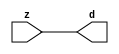

//------> /package/eda/mg/Catapult_10.3d/Mgc_home/pkgs/siflibs/mgc_in_wire_v2.v 
//------------------------------------------------------------------------------
// Catapult Synthesis - Sample I/O Port Library
//
// Copyright (c) 2003-2017 Mentor Graphics Corp.
//       All Rights Reserved
//
// This document may be used and distributed without restriction provided that
// this copyright statement is not removed from the file and that any derivative
// work contains this copyright notice.
//
// The design information contained in this file is intended to be an example
// of the functionality which the end user may study in preparation for creating
// their own custom interfaces. This design does not necessarily present a 
// complete implementation of the named protocol or standard.
//
//------------------------------------------------------------------------------


module mgc_in_wire_v2 (d, z);

  parameter integer rscid = 1;
  parameter integer width = 8;

  output [width-1:0] d;
  input  [width-1:0] z;

  wire   [width-1:0] d;

  assign d = z;

endmodule


//------> /package/eda/mg/Catapult_10.3d/Mgc_home/pkgs/siflibs/ccs_in_v1.v 
//------------------------------------------------------------------------------
// Catapult Synthesis - Sample I/O Port Library
//
// Copyright (c) 2003-2017 Mentor Graphics Corp.
//       All Rights Reserved
//
// This document may be used and distributed without restriction provided that
// this copyright statement is not removed from the file and that any derivative
// work contains this copyright notice.
//
// The design information contained in this file is intended to be an example
// of the functionality which the end user may study in preparation for creating
// their own custom interfaces. This design does not necessarily present a 
// complete implementation of the named protocol or standard.
//
//------------------------------------------------------------------------------


module ccs_in_v1 (idat, dat);

  parameter integer rscid = 1;
  parameter integer width = 8;

  output [width-1:0] idat;
  input  [width-1:0] dat;

  wire   [width-1:0] idat;

  assign idat = dat;

endmodule


//------> /package/eda/mg/Catapult_10.3d/Mgc_home/pkgs/siflibs/ccs_out_v1.v 
//------------------------------------------------------------------------------
// Catapult Synthesis - Sample I/O Port Library
//
// Copyright (c) 2003-2015 Mentor Graphics Corp.
//       All Rights Reserved
//
// This document may be used and distributed without restriction provided that
// this copyright statement is not removed from the file and that any derivative
// work contains this copyright notice.
//
// The design information contained in this file is intended to be an example
// of the functionality which the end user may study in preparation for creating
// their own custom interfaces. This design does not necessarily present a 
// complete implementation of the named protocol or standard.
//
//------------------------------------------------------------------------------

module ccs_out_v1 (dat, idat);

  parameter integer rscid = 1;
  parameter integer width = 8;

  output   [width-1:0] dat;
  input    [width-1:0] idat;

  wire     [width-1:0] dat;

  assign dat = idat;

endmodule




//------> /package/eda/mg/Catapult_10.3d/Mgc_home/pkgs/siflibs/mgc_io_sync_v2.v 
//------------------------------------------------------------------------------
// Catapult Synthesis - Sample I/O Port Library
//
// Copyright (c) 2003-2017 Mentor Graphics Corp.
//       All Rights Reserved
//
// This document may be used and distributed without restriction provided that
// this copyright statement is not removed from the file and that any derivative
// work contains this copyright notice.
//
// The design information contained in this file is intended to be an example
// of the functionality which the end user may study in preparation for creating
// their own custom interfaces. This design does not necessarily present a 
// complete implementation of the named protocol or standard.
//
//------------------------------------------------------------------------------


module mgc_io_sync_v2 (ld, lz);
    parameter valid = 0;

    input  ld;
    output lz;

    wire   lz;

    assign lz = ld;

endmodule


//------> ./rtl.v 
// ----------------------------------------------------------------------
//  HLS HDL:        Verilog Netlister
//  HLS Version:    10.3d/815731 Production Release
//  HLS Date:       Wed Apr 24 14:54:19 PDT 2019
// 
//  Generated by:   695r48@ecegrid-thin4.ecn.purdue.edu
//  Generated date: Sat Nov 13 22:50:56 2021
// ----------------------------------------------------------------------

// 
// ------------------------------------------------------------------
//  Design Unit:    fir_core_core_fsm
//  FSM Module
// ------------------------------------------------------------------


module fir_core_core_fsm (
  clk, rst, fsm_output
);
  input clk;
  input rst;
  output [3:0] fsm_output;
  reg [3:0] fsm_output;


  // FSM State Type Declaration for fir_core_core_fsm_1
  parameter
    main_C_0 = 2'd0,
    main_C_1 = 2'd1,
    main_C_2 = 2'd2,
    main_C_3 = 2'd3;

  reg [1:0] state_var;
  reg [1:0] state_var_NS;


  // Interconnect Declarations for Component Instantiations 
  always @(*)
  begin : fir_core_core_fsm_1
    case (state_var)
      main_C_1 : begin
        fsm_output = 4'b0010;
        state_var_NS = main_C_2;
      end
      main_C_2 : begin
        fsm_output = 4'b0100;
        state_var_NS = main_C_3;
      end
      main_C_3 : begin
        fsm_output = 4'b1000;
        state_var_NS = main_C_0;
      end
      // main_C_0
      default : begin
        fsm_output = 4'b0001;
        state_var_NS = main_C_1;
      end
    endcase
  end

  always @(posedge clk) begin
    if ( rst ) begin
      state_var <= main_C_0;
    end
    else begin
      state_var <= state_var_NS;
    end
  end

endmodule

// ------------------------------------------------------------------
//  Design Unit:    fir_core
// ------------------------------------------------------------------


module fir_core (
  clk, rst, coeffs_rsc_z, coeffs_rsc_triosy_lz, in1_rsc_dat, in1_rsc_triosy_lz, out1_rsc_dat,
      out1_rsc_triosy_lz
);
  input clk;
  input rst;
  input [511:0] coeffs_rsc_z;
  output coeffs_rsc_triosy_lz;
  input [15:0] in1_rsc_dat;
  output in1_rsc_triosy_lz;
  output [15:0] out1_rsc_dat;
  output out1_rsc_triosy_lz;


  // Interconnect Declarations
  wire [511:0] coeffs_rsci_d;
  wire [15:0] in1_rsci_idat;
  reg [15:0] out1_rsci_idat;
  reg out1_rsc_triosy_obj_ld;
  wire [3:0] fsm_output;
  reg main_stage_0_2;
  reg [383:0] reg_MAC_io_read_coeffs_rsc_ftd_128;
  wire MAC_or_1_cse;
  wire reg_out1_out1_and_cse;
  reg reg_in1_rsc_triosy_obj_ld_cse;
  reg [15:0] reg_MAC_asn_82_cse;
  reg [15:0] reg_MAC_asn_81_cse;
  reg [15:0] reg_MAC_asn_80_cse;
  reg [15:0] reg_MAC_asn_79_cse;
  reg [15:0] reg_MAC_asn_76_cse;
  reg [15:0] reg_MAC_asn_75_cse;
  reg [15:0] reg_MAC_asn_68_cse;
  reg [15:0] reg_MAC_asn_67_cse;
  wire [29:0] z_out;
  wire signed [31:0] nl_z_out;
  wire [29:0] z_out_1;
  wire signed [31:0] nl_z_out_1;
  wire [29:0] z_out_2;
  wire signed [31:0] nl_z_out_2;
  wire [29:0] z_out_3;
  wire signed [31:0] nl_z_out_3;
  wire [29:0] z_out_4;
  wire signed [31:0] nl_z_out_4;
  wire [29:0] z_out_5;
  wire signed [31:0] nl_z_out_5;
  wire [29:0] z_out_6;
  wire signed [31:0] nl_z_out_6;
  wire [29:0] z_out_7;
  wire signed [31:0] nl_z_out_7;
  wire [29:0] z_out_8;
  wire signed [31:0] nl_z_out_8;
  wire [29:0] z_out_9;
  wire signed [31:0] nl_z_out_9;
  wire [29:0] z_out_10;
  wire signed [31:0] nl_z_out_10;
  wire [29:0] z_out_11;
  wire signed [31:0] nl_z_out_11;
  wire [29:0] z_out_12;
  wire signed [31:0] nl_z_out_12;
  wire [29:0] z_out_13;
  wire signed [31:0] nl_z_out_13;
  wire [29:0] z_out_14;
  wire signed [31:0] nl_z_out_14;
  wire [29:0] z_out_15;
  wire signed [31:0] nl_z_out_15;
  wire [29:0] z_out_16;
  wire [30:0] nl_z_out_16;
  reg [15:0] regs_14_sva;
  reg [15:0] regs_24_sva;
  reg [15:0] regs_25_sva;
  reg [15:0] regs_26_sva;
  reg [15:0] regs_27_sva;
  reg [15:0] regs_28_sva;
  reg [15:0] regs_2_sva;
  reg [15:0] regs_29_sva;
  reg [15:0] regs_30_sva;
  reg [15:0] regs_0_sva;
  reg [15:0] MAC_asn_62_itm;
  reg [15:0] MAC_asn_63_itm;
  reg [15:0] MAC_asn_64_itm;
  reg [15:0] MAC_asn_65_itm;
  reg [15:0] MAC_asn_66_itm;
  reg [29:0] MAC_acc_13_itm;
  reg [15:0] MAC_asn_69_itm;
  reg [15:0] MAC_asn_70_itm;
  reg [15:0] MAC_asn_71_itm;
  reg [15:0] MAC_asn_72_itm;
  reg [15:0] MAC_asn_73_itm;
  reg [15:0] MAC_asn_74_itm;
  reg [29:0] MAC_acc_9_itm;
  wire [30:0] nl_MAC_acc_9_itm;
  reg [15:0] MAC_asn_77_itm;
  reg [15:0] MAC_asn_78_itm;
  reg [29:0] MAC_acc_6_itm;
  wire [30:0] nl_MAC_acc_6_itm;
  reg [15:0] MAC_asn_90_itm;
  reg [29:0] MAC_acc_29_itm_1;
  reg [29:0] MAC_acc_13_itm_1;
  reg [29:0] MAC_acc_12_itm_1;
  reg [29:0] MAC_acc_11_itm_1;
  reg [29:0] MAC_acc_10_itm_1;
  reg [29:0] MAC_acc_8_itm_1;
  wire [30:0] nl_MAC_acc_8_itm_1;
  reg [29:0] MAC_acc_30_itm_1;
  wire [29:0] MAC_acc_28_mx0w1;
  wire [30:0] nl_MAC_acc_28_mx0w1;

  wire[29:0] MAC_acc_31_nl;
  wire[30:0] nl_MAC_acc_31_nl;
  wire[29:0] MAC_acc_10_nl;
  wire[30:0] nl_MAC_acc_10_nl;
  wire[29:0] MAC_acc_5_nl;
  wire[30:0] nl_MAC_acc_5_nl;
  wire[29:0] MAC_acc_17_nl;
  wire[30:0] nl_MAC_acc_17_nl;
  wire[29:0] MAC_acc_4_nl;
  wire[30:0] nl_MAC_acc_4_nl;
  wire[29:0] MAC_acc_16_nl;
  wire[30:0] nl_MAC_acc_16_nl;
  wire[29:0] MAC_acc_12_nl;
  wire[30:0] nl_MAC_acc_12_nl;
  wire[29:0] MAC_acc_3_nl;
  wire[30:0] nl_MAC_acc_3_nl;
  wire[29:0] MAC_acc_15_nl;
  wire[30:0] nl_MAC_acc_15_nl;
  wire[29:0] MAC_acc_11_nl;
  wire[30:0] nl_MAC_acc_11_nl;
  wire[29:0] MAC_acc_18_nl;
  wire[30:0] nl_MAC_acc_18_nl;
  wire[29:0] MAC_acc_14_nl;
  wire[30:0] nl_MAC_acc_14_nl;
  wire[29:0] MAC_acc_13_nl;
  wire[30:0] nl_MAC_acc_13_nl;
  wire[29:0] MAC_acc_7_nl;
  wire[30:0] nl_MAC_acc_7_nl;
  wire[29:0] MAC_acc_32_nl;
  wire[30:0] nl_MAC_acc_32_nl;
  wire[29:0] MAC_acc_34_nl;
  wire[30:0] nl_MAC_acc_34_nl;
  wire[15:0] MAC_mux_36_nl;
  wire[15:0] MAC_mux_37_nl;
  wire[15:0] MAC_mux_38_nl;
  wire[15:0] MAC_mux_39_nl;
  wire[15:0] MAC_mux_40_nl;
  wire[15:0] MAC_mux_41_nl;
  wire[15:0] MAC_mux_42_nl;
  wire[15:0] MAC_mux_43_nl;
  wire[15:0] MAC_mux_44_nl;
  wire[15:0] MAC_mux_45_nl;
  wire[15:0] MAC_mux_46_nl;
  wire[15:0] MAC_mux_47_nl;
  wire[15:0] MAC_mux_48_nl;
  wire[15:0] MAC_mux_49_nl;
  wire[15:0] MAC_mux_50_nl;
  wire[15:0] MAC_mux_51_nl;
  wire[15:0] MAC_mux_52_nl;
  wire[15:0] MAC_mux_53_nl;
  wire[15:0] MAC_mux_54_nl;
  wire[15:0] MAC_mux_55_nl;
  wire[15:0] MAC_mux_56_nl;
  wire[15:0] MAC_mux_57_nl;
  wire[15:0] MAC_mux_58_nl;
  wire[15:0] MAC_mux_59_nl;
  wire[15:0] MAC_mux_60_nl;
  wire[15:0] MAC_mux_61_nl;
  wire[15:0] MAC_mux_62_nl;
  wire[15:0] MAC_mux_63_nl;
  wire[15:0] MAC_mux_64_nl;
  wire[15:0] MAC_mux_65_nl;
  wire[15:0] MAC_mux_66_nl;
  wire[29:0] MAC_mux_67_nl;
  wire[29:0] MAC_acc_36_nl;
  wire[30:0] nl_MAC_acc_36_nl;
  wire[29:0] MAC_acc_37_nl;
  wire[30:0] nl_MAC_acc_37_nl;
  wire[29:0] MAC_acc_38_nl;
  wire[30:0] nl_MAC_acc_38_nl;

  // Interconnect Declarations for Component Instantiations 
  mgc_in_wire_v2 #(.rscid(32'sd1),
  .width(32'sd512)) coeffs_rsci (
      .d(coeffs_rsci_d),
      .z(coeffs_rsc_z)
    );
  ccs_in_v1 #(.rscid(32'sd2),
  .width(32'sd16)) in1_rsci (
      .dat(in1_rsc_dat),
      .idat(in1_rsci_idat)
    );
  ccs_out_v1 #(.rscid(32'sd3),
  .width(32'sd16)) out1_rsci (
      .idat(out1_rsci_idat),
      .dat(out1_rsc_dat)
    );
  mgc_io_sync_v2 #(.valid(32'sd0)) coeffs_rsc_triosy_obj (
      .ld(reg_in1_rsc_triosy_obj_ld_cse),
      .lz(coeffs_rsc_triosy_lz)
    );
  mgc_io_sync_v2 #(.valid(32'sd0)) in1_rsc_triosy_obj (
      .ld(reg_in1_rsc_triosy_obj_ld_cse),
      .lz(in1_rsc_triosy_lz)
    );
  mgc_io_sync_v2 #(.valid(32'sd0)) out1_rsc_triosy_obj (
      .ld(out1_rsc_triosy_obj_ld),
      .lz(out1_rsc_triosy_lz)
    );
  fir_core_core_fsm fir_core_core_fsm_inst (
      .clk(clk),
      .rst(rst),
      .fsm_output(fsm_output)
    );
  assign MAC_or_1_cse = (fsm_output[0]) | (fsm_output[1]) | (fsm_output[3]);
  assign reg_out1_out1_and_cse = (fsm_output[1]) & main_stage_0_2;
  assign nl_MAC_acc_32_nl = MAC_acc_13_itm_1 + MAC_acc_12_itm_1;
  assign MAC_acc_32_nl = nl_MAC_acc_32_nl[29:0];
  assign nl_MAC_acc_34_nl = MAC_acc_11_itm_1 + MAC_acc_10_itm_1;
  assign MAC_acc_34_nl = nl_MAC_acc_34_nl[29:0];
  assign nl_MAC_acc_28_mx0w1 = (MAC_acc_32_nl) + (MAC_acc_34_nl);
  assign MAC_acc_28_mx0w1 = nl_MAC_acc_28_mx0w1[29:0];
  always @(posedge clk) begin
    if ( rst ) begin
      MAC_acc_8_itm_1 <= 30'b000000000000000000000000000000;
      MAC_acc_12_itm_1 <= 30'b000000000000000000000000000000;
      MAC_acc_11_itm_1 <= 30'b000000000000000000000000000000;
      MAC_acc_10_itm_1 <= 30'b000000000000000000000000000000;
      out1_rsc_triosy_obj_ld <= 1'b0;
      reg_in1_rsc_triosy_obj_ld_cse <= 1'b0;
      MAC_asn_90_itm <= 16'b0000000000000000;
      MAC_acc_13_itm <= 30'b000000000000000000000000000000;
    end
    else begin
      MAC_acc_8_itm_1 <= nl_MAC_acc_8_itm_1[29:0];
      MAC_acc_12_itm_1 <= MUX1HOT_v_30_3_2((MAC_acc_4_nl), (MAC_acc_16_nl), (MAC_acc_12_nl),
          {(fsm_output[0]) , (fsm_output[2]) , (fsm_output[3])});
      MAC_acc_11_itm_1 <= MUX1HOT_v_30_3_2((MAC_acc_3_nl), (MAC_acc_15_nl), (MAC_acc_11_nl),
          {(fsm_output[0]) , (fsm_output[2]) , (fsm_output[3])});
      MAC_acc_10_itm_1 <= MUX1HOT_v_30_3_2((MAC_acc_18_nl), (MAC_acc_14_nl), MAC_acc_29_itm_1,
          {(fsm_output[0]) , (fsm_output[2]) , (fsm_output[3])});
      out1_rsc_triosy_obj_ld <= reg_out1_out1_and_cse;
      reg_in1_rsc_triosy_obj_ld_cse <= fsm_output[0];
      MAC_asn_90_itm <= MUX_v_16_2_2(in1_rsci_idat, regs_30_sva, fsm_output[3]);
      MAC_acc_13_itm <= MUX_v_30_2_2((MAC_acc_13_nl), (MAC_acc_7_nl), fsm_output[3]);
    end
  end
  always @(posedge clk) begin
    if ( rst ) begin
      MAC_acc_30_itm_1 <= 30'b000000000000000000000000000000;
    end
    else if ( (fsm_output[1:0]!=2'b00) ) begin
      MAC_acc_30_itm_1 <= MUX_v_30_2_2(z_out_16, MAC_acc_28_mx0w1, fsm_output[1]);
    end
  end
  always @(posedge clk) begin
    if ( rst ) begin
      MAC_acc_29_itm_1 <= 30'b000000000000000000000000000000;
      MAC_acc_13_itm_1 <= 30'b000000000000000000000000000000;
    end
    else if ( MAC_or_1_cse ) begin
      MAC_acc_29_itm_1 <= MUX1HOT_v_30_3_2((MAC_acc_31_nl), (MAC_acc_10_nl), MAC_acc_28_mx0w1,
          {(fsm_output[0]) , (fsm_output[1]) , (fsm_output[3])});
      MAC_acc_13_itm_1 <= MUX1HOT_v_30_3_2((MAC_acc_5_nl), (MAC_acc_17_nl), MAC_acc_13_itm,
          {(fsm_output[0]) , (fsm_output[1]) , (fsm_output[3])});
    end
  end
  always @(posedge clk) begin
    if ( rst ) begin
      out1_rsci_idat <= 16'b0000000000000000;
    end
    else if ( reg_out1_out1_and_cse ) begin
      out1_rsci_idat <= z_out_16[29:14];
    end
  end
  always @(posedge clk) begin
    if ( rst ) begin
      main_stage_0_2 <= 1'b0;
    end
    else if ( fsm_output[3] ) begin
      main_stage_0_2 <= fsm_output[3];
    end
  end
  always @(posedge clk) begin
    if ( rst ) begin
      reg_MAC_asn_79_cse <= 16'b0000000000000000;
    end
    else if ( fsm_output[3] ) begin
      reg_MAC_asn_79_cse <= MAC_asn_78_itm;
    end
  end
  always @(posedge clk) begin
    if ( rst ) begin
      reg_MAC_asn_80_cse <= 16'b0000000000000000;
    end
    else if ( fsm_output[3] ) begin
      reg_MAC_asn_80_cse <= reg_MAC_asn_79_cse;
    end
  end
  always @(posedge clk) begin
    if ( rst ) begin
      MAC_asn_77_itm <= 16'b0000000000000000;
    end
    else if ( fsm_output[3] ) begin
      MAC_asn_77_itm <= reg_MAC_asn_76_cse;
    end
  end
  always @(posedge clk) begin
    if ( rst ) begin
      MAC_asn_78_itm <= 16'b0000000000000000;
    end
    else if ( fsm_output[3] ) begin
      MAC_asn_78_itm <= MAC_asn_77_itm;
    end
  end
  always @(posedge clk) begin
    if ( rst ) begin
      MAC_asn_71_itm <= 16'b0000000000000000;
    end
    else if ( fsm_output[3] ) begin
      MAC_asn_71_itm <= MAC_asn_70_itm;
    end
  end
  always @(posedge clk) begin
    if ( rst ) begin
      MAC_asn_72_itm <= 16'b0000000000000000;
    end
    else if ( fsm_output[3] ) begin
      MAC_asn_72_itm <= MAC_asn_71_itm;
    end
  end
  always @(posedge clk) begin
    if ( rst ) begin
      MAC_asn_69_itm <= 16'b0000000000000000;
    end
    else if ( fsm_output[3] ) begin
      MAC_asn_69_itm <= reg_MAC_asn_68_cse;
    end
  end
  always @(posedge clk) begin
    if ( rst ) begin
      MAC_asn_70_itm <= 16'b0000000000000000;
    end
    else if ( fsm_output[3] ) begin
      MAC_asn_70_itm <= MAC_asn_69_itm;
    end
  end
  always @(posedge clk) begin
    if ( rst ) begin
      reg_MAC_asn_67_cse <= 16'b0000000000000000;
    end
    else if ( fsm_output[3] ) begin
      reg_MAC_asn_67_cse <= MAC_asn_66_itm;
    end
  end
  always @(posedge clk) begin
    if ( rst ) begin
      reg_MAC_asn_68_cse <= 16'b0000000000000000;
    end
    else if ( fsm_output[3] ) begin
      reg_MAC_asn_68_cse <= reg_MAC_asn_67_cse;
    end
  end
  always @(posedge clk) begin
    if ( rst ) begin
      MAC_asn_65_itm <= 16'b0000000000000000;
    end
    else if ( fsm_output[3] ) begin
      MAC_asn_65_itm <= MAC_asn_64_itm;
    end
  end
  always @(posedge clk) begin
    if ( rst ) begin
      MAC_asn_66_itm <= 16'b0000000000000000;
    end
    else if ( fsm_output[3] ) begin
      MAC_asn_66_itm <= MAC_asn_65_itm;
    end
  end
  always @(posedge clk) begin
    if ( rst ) begin
      MAC_asn_63_itm <= 16'b0000000000000000;
    end
    else if ( fsm_output[3] ) begin
      MAC_asn_63_itm <= MAC_asn_62_itm;
    end
  end
  always @(posedge clk) begin
    if ( rst ) begin
      MAC_asn_64_itm <= 16'b0000000000000000;
    end
    else if ( fsm_output[3] ) begin
      MAC_asn_64_itm <= MAC_asn_63_itm;
    end
  end
  always @(posedge clk) begin
    if ( rst ) begin
      regs_2_sva <= 16'b0000000000000000;
    end
    else if ( fsm_output[3] ) begin
      regs_2_sva <= MAC_asn_73_itm;
    end
  end
  always @(posedge clk) begin
    if ( rst ) begin
      MAC_asn_62_itm <= 16'b0000000000000000;
    end
    else if ( fsm_output[3] ) begin
      MAC_asn_62_itm <= regs_2_sva;
    end
  end
  always @(posedge clk) begin
    if ( rst ) begin
      reg_MAC_asn_81_cse <= 16'b0000000000000000;
    end
    else if ( fsm_output[3] ) begin
      reg_MAC_asn_81_cse <= reg_MAC_asn_80_cse;
    end
  end
  always @(posedge clk) begin
    if ( rst ) begin
      reg_MAC_asn_82_cse <= 16'b0000000000000000;
    end
    else if ( fsm_output[3] ) begin
      reg_MAC_asn_82_cse <= reg_MAC_asn_81_cse;
    end
  end
  always @(posedge clk) begin
    if ( rst ) begin
      reg_MAC_asn_75_cse <= 16'b0000000000000000;
    end
    else if ( fsm_output[3] ) begin
      reg_MAC_asn_75_cse <= MAC_asn_74_itm;
    end
  end
  always @(posedge clk) begin
    if ( rst ) begin
      reg_MAC_asn_76_cse <= 16'b0000000000000000;
    end
    else if ( fsm_output[3] ) begin
      reg_MAC_asn_76_cse <= reg_MAC_asn_75_cse;
    end
  end
  always @(posedge clk) begin
    if ( rst ) begin
      MAC_asn_73_itm <= 16'b0000000000000000;
    end
    else if ( (fsm_output[1]) | (fsm_output[3]) ) begin
      MAC_asn_73_itm <= MUX_v_16_2_2(regs_0_sva, MAC_asn_72_itm, fsm_output[3]);
    end
  end
  always @(posedge clk) begin
    if ( rst ) begin
      MAC_asn_74_itm <= 16'b0000000000000000;
    end
    else if ( fsm_output[3] ) begin
      MAC_asn_74_itm <= regs_14_sva;
    end
  end
  always @(posedge clk) begin
    if ( rst ) begin
      regs_0_sva <= 16'b0000000000000000;
    end
    else if ( fsm_output[1] ) begin
      regs_0_sva <= MAC_asn_90_itm;
    end
  end
  always @(posedge clk) begin
    if ( rst ) begin
      regs_30_sva <= 16'b0000000000000000;
    end
    else if ( fsm_output[3] ) begin
      regs_30_sva <= regs_29_sva;
    end
  end
  always @(posedge clk) begin
    if ( rst ) begin
      regs_29_sva <= 16'b0000000000000000;
    end
    else if ( fsm_output[3] ) begin
      regs_29_sva <= regs_28_sva;
    end
  end
  always @(posedge clk) begin
    if ( rst ) begin
      regs_28_sva <= 16'b0000000000000000;
    end
    else if ( fsm_output[3] ) begin
      regs_28_sva <= regs_27_sva;
    end
  end
  always @(posedge clk) begin
    if ( rst ) begin
      regs_27_sva <= 16'b0000000000000000;
    end
    else if ( fsm_output[3] ) begin
      regs_27_sva <= regs_26_sva;
    end
  end
  always @(posedge clk) begin
    if ( rst ) begin
      regs_26_sva <= 16'b0000000000000000;
    end
    else if ( fsm_output[3] ) begin
      regs_26_sva <= regs_25_sva;
    end
  end
  always @(posedge clk) begin
    if ( rst ) begin
      regs_25_sva <= 16'b0000000000000000;
    end
    else if ( fsm_output[3] ) begin
      regs_25_sva <= regs_24_sva;
    end
  end
  always @(posedge clk) begin
    if ( rst ) begin
      regs_24_sva <= 16'b0000000000000000;
    end
    else if ( fsm_output[3] ) begin
      regs_24_sva <= reg_MAC_asn_82_cse;
    end
  end
  always @(posedge clk) begin
    if ( rst ) begin
      regs_14_sva <= 16'b0000000000000000;
    end
    else if ( fsm_output[3] ) begin
      regs_14_sva <= MAC_asn_72_itm;
    end
  end
  always @(posedge clk) begin
    if ( rst ) begin
      MAC_acc_6_itm <= 30'b000000000000000000000000000000;
    end
    else if ( fsm_output[1] ) begin
      MAC_acc_6_itm <= nl_MAC_acc_6_itm[29:0];
    end
  end
  always @(posedge clk) begin
    if ( rst ) begin
      MAC_acc_9_itm <= 30'b000000000000000000000000000000;
    end
    else if ( fsm_output[1] ) begin
      MAC_acc_9_itm <= nl_MAC_acc_9_itm[29:0];
    end
  end
  always @(posedge clk) begin
    if ( rst ) begin
      reg_MAC_io_read_coeffs_rsc_ftd_128 <= 384'b000000000000000000000000000000000000000000000000000000000000000000000000000000000000000000000000000000000000000000000000000000000000000000000000000000000000000000000000000000000000000000000000000000000000000000000000000000000000000000000000000000000000000000000000000000000000000000000000000000000000000000000000000000000000000000000000000000000000000000000000000000000000000000000000;
    end
    else if ( fsm_output[0] ) begin
      reg_MAC_io_read_coeffs_rsc_ftd_128 <= coeffs_rsci_d[383:0];
    end
  end
  assign nl_MAC_acc_8_itm_1  = z_out + z_out_1;
  assign nl_MAC_acc_4_nl = z_out_1 + z_out_9;
  assign MAC_acc_4_nl = nl_MAC_acc_4_nl[29:0];
  assign nl_MAC_acc_16_nl = z_out_7 + z_out_2;
  assign MAC_acc_16_nl = nl_MAC_acc_16_nl[29:0];
  assign nl_MAC_acc_12_nl = z_out_8 + z_out_13;
  assign MAC_acc_12_nl = nl_MAC_acc_12_nl[29:0];
  assign nl_MAC_acc_3_nl = z_out_12 + z_out_13;
  assign MAC_acc_3_nl = nl_MAC_acc_3_nl[29:0];
  assign nl_MAC_acc_15_nl = z_out_3 + z_out_11;
  assign MAC_acc_15_nl = nl_MAC_acc_15_nl[29:0];
  assign nl_MAC_acc_11_nl = z_out_12 + z_out_9;
  assign MAC_acc_11_nl = nl_MAC_acc_11_nl[29:0];
  assign nl_MAC_acc_18_nl = z_out_8 + z_out_6;
  assign MAC_acc_18_nl = nl_MAC_acc_18_nl[29:0];
  assign nl_MAC_acc_14_nl = z_out_15 + z_out;
  assign MAC_acc_14_nl = nl_MAC_acc_14_nl[29:0];
  assign nl_MAC_acc_13_nl = z_out_10 + z_out_14;
  assign MAC_acc_13_nl = nl_MAC_acc_13_nl[29:0];
  assign nl_MAC_acc_7_nl = z_out_4 + z_out_5;
  assign MAC_acc_7_nl = nl_MAC_acc_7_nl[29:0];
  assign nl_MAC_acc_31_nl = MAC_acc_29_itm_1 + MAC_acc_28_mx0w1;
  assign MAC_acc_31_nl = nl_MAC_acc_31_nl[29:0];
  assign nl_MAC_acc_10_nl = z_out_2 + z_out_3;
  assign MAC_acc_10_nl = nl_MAC_acc_10_nl[29:0];
  assign nl_MAC_acc_5_nl = z_out_4 + z_out_5;
  assign MAC_acc_5_nl = nl_MAC_acc_5_nl[29:0];
  assign nl_MAC_acc_17_nl = z_out_6 + z_out_7;
  assign MAC_acc_17_nl = nl_MAC_acc_17_nl[29:0];
  assign nl_MAC_acc_6_itm  = z_out_10 + z_out_14;
  assign nl_MAC_acc_9_itm  = z_out_15 + z_out_11;
  assign MAC_mux_36_nl = MUX_v_16_2_2(MAC_asn_77_itm, MAC_asn_66_itm, fsm_output[2]);
  assign MAC_mux_37_nl = MUX_v_16_2_2((reg_MAC_io_read_coeffs_rsc_ftd_128[303:288]),
      (reg_MAC_io_read_coeffs_rsc_ftd_128[127:112]), fsm_output[2]);
  assign nl_z_out = $signed((MAC_mux_36_nl)) * $signed((MAC_mux_37_nl));
  assign z_out = nl_z_out[29:0];
  assign MAC_mux_38_nl = MUX_v_16_2_2(MAC_asn_78_itm, regs_26_sva, fsm_output[0]);
  assign MAC_mux_39_nl = MUX_v_16_2_2((reg_MAC_io_read_coeffs_rsc_ftd_128[319:304]),
      (coeffs_rsci_d[431:416]), fsm_output[0]);
  assign nl_z_out_1 = $signed((MAC_mux_38_nl)) * $signed((MAC_mux_39_nl));
  assign z_out_1 = nl_z_out_1[29:0];
  assign MAC_mux_40_nl = MUX_v_16_2_2(MAC_asn_73_itm, MAC_asn_62_itm, fsm_output[2]);
  assign MAC_mux_41_nl = MUX_v_16_2_2((reg_MAC_io_read_coeffs_rsc_ftd_128[239:224]),
      (reg_MAC_io_read_coeffs_rsc_ftd_128[63:48]), fsm_output[2]);
  assign nl_z_out_2 = $signed((MAC_mux_40_nl)) * $signed((MAC_mux_41_nl));
  assign z_out_2 = nl_z_out_2[29:0];
  assign MAC_mux_42_nl = MUX_v_16_2_2(MAC_asn_74_itm, MAC_asn_63_itm, fsm_output[2]);
  assign MAC_mux_43_nl = MUX_v_16_2_2((reg_MAC_io_read_coeffs_rsc_ftd_128[255:240]),
      (reg_MAC_io_read_coeffs_rsc_ftd_128[79:64]), fsm_output[2]);
  assign nl_z_out_3 = $signed((MAC_mux_42_nl)) * $signed((MAC_mux_43_nl));
  assign z_out_3 = nl_z_out_3[29:0];
  assign MAC_mux_44_nl = MUX_v_16_2_2(regs_24_sva, reg_MAC_asn_79_cse, fsm_output[3]);
  assign MAC_mux_45_nl = MUX_v_16_2_2((coeffs_rsci_d[399:384]), (reg_MAC_io_read_coeffs_rsc_ftd_128[335:320]),
      fsm_output[3]);
  assign nl_z_out_4 = $signed((MAC_mux_44_nl)) * $signed((MAC_mux_45_nl));
  assign z_out_4 = nl_z_out_4[29:0];
  assign MAC_mux_46_nl = MUX_v_16_2_2(regs_25_sva, reg_MAC_asn_80_cse, fsm_output[3]);
  assign MAC_mux_47_nl = MUX_v_16_2_2((coeffs_rsci_d[415:400]), (reg_MAC_io_read_coeffs_rsc_ftd_128[351:336]),
      fsm_output[3]);
  assign nl_z_out_5 = $signed((MAC_mux_46_nl)) * $signed((MAC_mux_47_nl));
  assign z_out_5 = nl_z_out_5[29:0];
  assign MAC_mux_48_nl = MUX_v_16_2_2((reg_MAC_io_read_coeffs_rsc_ftd_128[15:0]),
      (coeffs_rsci_d[511:496]), fsm_output[0]);
  assign nl_z_out_6 = $signed(MAC_asn_90_itm) * $signed((MAC_mux_48_nl));
  assign z_out_6 = nl_z_out_6[29:0];
  assign MAC_mux_49_nl = MUX_v_16_2_2(regs_0_sva, regs_2_sva, fsm_output[2]);
  assign MAC_mux_50_nl = MUX_v_16_2_2((reg_MAC_io_read_coeffs_rsc_ftd_128[31:16]),
      (reg_MAC_io_read_coeffs_rsc_ftd_128[47:32]), fsm_output[2]);
  assign nl_z_out_7 = $signed((MAC_mux_49_nl)) * $signed((MAC_mux_50_nl));
  assign z_out_7 = nl_z_out_7[29:0];
  assign MAC_mux_51_nl = MUX_v_16_2_2(MAC_asn_69_itm, regs_30_sva, fsm_output[0]);
  assign MAC_mux_52_nl = MUX_v_16_2_2((reg_MAC_io_read_coeffs_rsc_ftd_128[175:160]),
      (coeffs_rsci_d[495:480]), fsm_output[0]);
  assign nl_z_out_8 = $signed((MAC_mux_51_nl)) * $signed((MAC_mux_52_nl));
  assign z_out_8 = nl_z_out_8[29:0];
  assign MAC_mux_53_nl = MUX_v_16_2_2(regs_27_sva, MAC_asn_72_itm, fsm_output[3]);
  assign MAC_mux_54_nl = MUX_v_16_2_2((coeffs_rsci_d[447:432]), (reg_MAC_io_read_coeffs_rsc_ftd_128[223:208]),
      fsm_output[3]);
  assign nl_z_out_9 = $signed((MAC_mux_53_nl)) * $signed((MAC_mux_54_nl));
  assign z_out_9 = nl_z_out_9[29:0];
  assign MAC_mux_55_nl = MUX_v_16_2_2(reg_MAC_asn_81_cse, reg_MAC_asn_67_cse, fsm_output[2]);
  assign MAC_mux_56_nl = MUX_v_16_2_2((reg_MAC_io_read_coeffs_rsc_ftd_128[367:352]),
      (reg_MAC_io_read_coeffs_rsc_ftd_128[143:128]), fsm_output[2]);
  assign nl_z_out_10 = $signed((MAC_mux_55_nl)) * $signed((MAC_mux_56_nl));
  assign z_out_10 = nl_z_out_10[29:0];
  assign MAC_mux_57_nl = MUX_v_16_2_2(MAC_asn_64_itm, reg_MAC_asn_76_cse, fsm_output[1]);
  assign MAC_mux_58_nl = MUX_v_16_2_2((reg_MAC_io_read_coeffs_rsc_ftd_128[95:80]),
      (reg_MAC_io_read_coeffs_rsc_ftd_128[287:272]), fsm_output[1]);
  assign nl_z_out_11 = $signed((MAC_mux_57_nl)) * $signed((MAC_mux_58_nl));
  assign z_out_11 = nl_z_out_11[29:0];
  assign MAC_mux_59_nl = MUX_v_16_2_2(regs_28_sva, MAC_asn_71_itm, fsm_output[3]);
  assign MAC_mux_60_nl = MUX_v_16_2_2((coeffs_rsci_d[463:448]), (reg_MAC_io_read_coeffs_rsc_ftd_128[207:192]),
      fsm_output[3]);
  assign nl_z_out_12 = $signed((MAC_mux_59_nl)) * $signed((MAC_mux_60_nl));
  assign z_out_12 = nl_z_out_12[29:0];
  assign MAC_mux_61_nl = MUX_v_16_2_2(MAC_asn_70_itm, regs_29_sva, fsm_output[0]);
  assign MAC_mux_62_nl = MUX_v_16_2_2((reg_MAC_io_read_coeffs_rsc_ftd_128[191:176]),
      (coeffs_rsci_d[479:464]), fsm_output[0]);
  assign nl_z_out_13 = $signed((MAC_mux_61_nl)) * $signed((MAC_mux_62_nl));
  assign z_out_13 = nl_z_out_13[29:0];
  assign MAC_mux_63_nl = MUX_v_16_2_2(reg_MAC_asn_82_cse, reg_MAC_asn_68_cse, fsm_output[2]);
  assign MAC_mux_64_nl = MUX_v_16_2_2((reg_MAC_io_read_coeffs_rsc_ftd_128[383:368]),
      (reg_MAC_io_read_coeffs_rsc_ftd_128[159:144]), fsm_output[2]);
  assign nl_z_out_14 = $signed((MAC_mux_63_nl)) * $signed((MAC_mux_64_nl));
  assign z_out_14 = nl_z_out_14[29:0];
  assign MAC_mux_65_nl = MUX_v_16_2_2(MAC_asn_65_itm, reg_MAC_asn_75_cse, fsm_output[1]);
  assign MAC_mux_66_nl = MUX_v_16_2_2((reg_MAC_io_read_coeffs_rsc_ftd_128[111:96]),
      (reg_MAC_io_read_coeffs_rsc_ftd_128[271:256]), fsm_output[1]);
  assign nl_z_out_15 = $signed((MAC_mux_65_nl)) * $signed((MAC_mux_66_nl));
  assign z_out_15 = nl_z_out_15[29:0];
  assign nl_MAC_acc_37_nl = MAC_acc_9_itm + MAC_acc_8_itm_1;
  assign MAC_acc_37_nl = nl_MAC_acc_37_nl[29:0];
  assign nl_MAC_acc_38_nl = MAC_acc_13_itm + MAC_acc_6_itm;
  assign MAC_acc_38_nl = nl_MAC_acc_38_nl[29:0];
  assign nl_MAC_acc_36_nl = (MAC_acc_37_nl) + (MAC_acc_38_nl);
  assign MAC_acc_36_nl = nl_MAC_acc_36_nl[29:0];
  assign MAC_mux_67_nl = MUX_v_30_2_2((MAC_acc_36_nl), MAC_acc_29_itm_1, fsm_output[1]);
  assign nl_z_out_16 = (MAC_mux_67_nl) + MAC_acc_30_itm_1;
  assign z_out_16 = nl_z_out_16[29:0];

  function automatic [29:0] MUX1HOT_v_30_3_2;
    input [29:0] input_2;
    input [29:0] input_1;
    input [29:0] input_0;
    input [2:0] sel;
    reg [29:0] result;
  begin
    result = input_0 & {30{sel[0]}};
    result = result | ( input_1 & {30{sel[1]}});
    result = result | ( input_2 & {30{sel[2]}});
    MUX1HOT_v_30_3_2 = result;
  end
  endfunction


  function automatic [15:0] MUX_v_16_2_2;
    input [15:0] input_0;
    input [15:0] input_1;
    input [0:0] sel;
    reg [15:0] result;
  begin
    case (sel)
      1'b0 : begin
        result = input_0;
      end
      default : begin
        result = input_1;
      end
    endcase
    MUX_v_16_2_2 = result;
  end
  endfunction


  function automatic [29:0] MUX_v_30_2_2;
    input [29:0] input_0;
    input [29:0] input_1;
    input [0:0] sel;
    reg [29:0] result;
  begin
    case (sel)
      1'b0 : begin
        result = input_0;
      end
      default : begin
        result = input_1;
      end
    endcase
    MUX_v_30_2_2 = result;
  end
  endfunction

endmodule

// ------------------------------------------------------------------
//  Design Unit:    fir
// ------------------------------------------------------------------


module fir (
  clk, rst, coeffs_rsc_z, coeffs_rsc_triosy_lz, in1_rsc_dat, in1_rsc_triosy_lz, out1_rsc_dat,
      out1_rsc_triosy_lz
);
  input clk;
  input rst;
  input [511:0] coeffs_rsc_z;
  output coeffs_rsc_triosy_lz;
  input [15:0] in1_rsc_dat;
  output in1_rsc_triosy_lz;
  output [15:0] out1_rsc_dat;
  output out1_rsc_triosy_lz;



  // Interconnect Declarations for Component Instantiations 
  fir_core fir_core_inst (
      .clk(clk),
      .rst(rst),
      .coeffs_rsc_z(coeffs_rsc_z),
      .coeffs_rsc_triosy_lz(coeffs_rsc_triosy_lz),
      .in1_rsc_dat(in1_rsc_dat),
      .in1_rsc_triosy_lz(in1_rsc_triosy_lz),
      .out1_rsc_dat(out1_rsc_dat),
      .out1_rsc_triosy_lz(out1_rsc_triosy_lz)
    );
endmodule